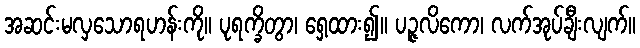
အဆင်းမလှသောရဟန်းကို။ ပုရက္ခိတွာ၊ ရှေ့ထား၍။ ပဉ္ဇလိကော၊ လက်အုပ်ချီးလျက်။